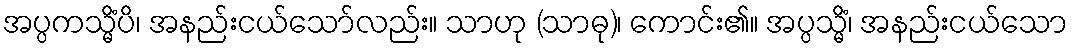
အပ္ပကသ္မိံပိ၊ အနည်းငယ်သော်လည်း။ သာဟု (သာဓု)၊ ကောင်း၏။ အပ္ပသ္မိံ၊ အနည်းငယ်သော